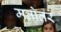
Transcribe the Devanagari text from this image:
मतोतर